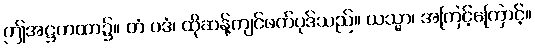
ဤအဋ္ဌကထာ၌။ တံ ပဒံ၊ ထိုဆန့်ကျင်ဖက်ပုဒ်သည်။ ယသ္မာ၊ အကြင့်ကြောင့်။